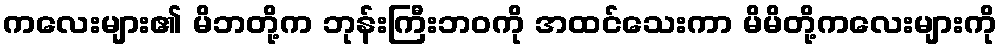
ကလေးများ၏ မိဘတို့က ဘုန်းကြီးဘဝကို အထင်သေးကာ မိမိတို့ကလေးများကို